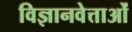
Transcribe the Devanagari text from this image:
विज्ञानवेत्ताओं